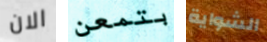
الان بتمعن الشواية